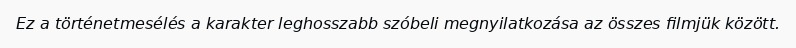
Ez a történetmesélés a karakter leghosszabb szóbeli megnyilatkozása az összes filmjük között.